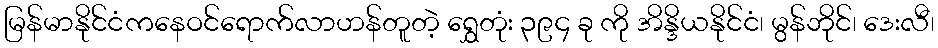
မြန်မာနိုင်ငံကနေဝင်ရောက်လာဟန်တူတဲ့ ရွှေတုံး ၃၉၄ ခု ကို အိန္ဒိယနိုင်ငံ၊ မွန်ဘိုင်၊ ဒေးလီ၊